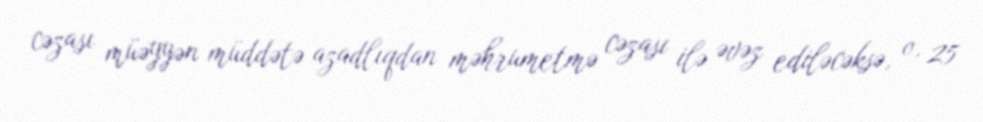
cəzası müəyyən müddətə azadlıqdan məhrumetmə cəzası ilə əvəz ediləcəksə, o, 25